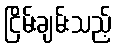
ငြိမ်းချမ်းသည့်